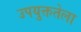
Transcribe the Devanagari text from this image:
उपयुक्ततेला